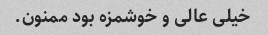
خیلی عالی و خوشمزه بود ممنون.